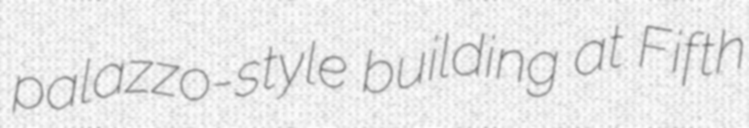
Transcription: palazzo-style building at Fifth